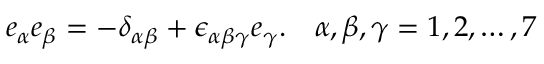
e _ { \alpha } e _ { \beta } = - \delta _ { \alpha \beta } + \epsilon _ { \alpha \beta \gamma } e _ { \gamma } . ~ ~ ~ \alpha , \beta , \gamma = 1 , 2 , \ldots , 7